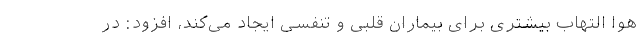
هوا التهاب بیشتری برای بیماران قلبی و تنفسی ایجاد می‌کند، افزود: در